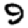
Digit: 9